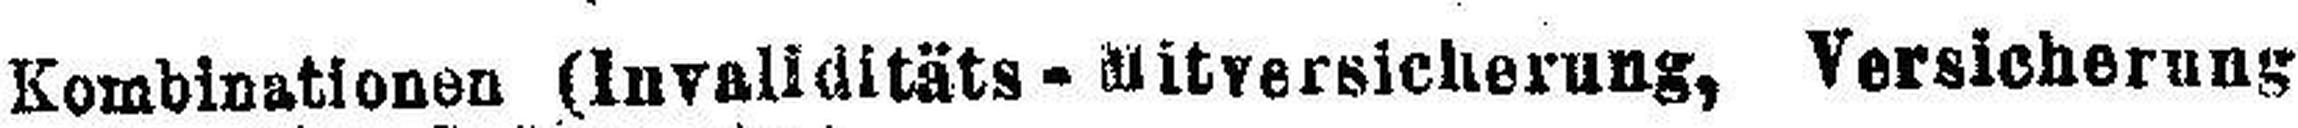
Kombinationen (Invaliditäts - Mitversicherung, Versicherung